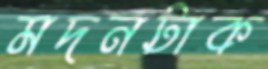
মদনটাক